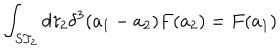
LaTeX: \int _ { S T _ { 2 } } d \tau _ { 2 } \delta ^ { 3 } ( a _ { 1 } - a _ { 2 } ) F ( a _ { 2 } ) = F ( a _ { 1 } )